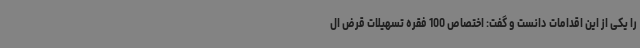
را یکی از این اقدامات دانست و گفت: اختصاص 100 فقره تسهیلات قرض ال